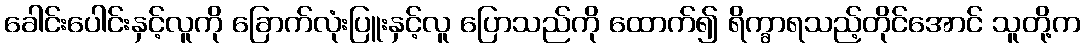
ခေါင်းပေါင်းနှင့်လူကို ခြောက်လုံးပြူးနှင့်လူ ပြောသည်ကို ထောက်၍ ရိက္ခာရသည့်တိုင်အောင် သူတို့က